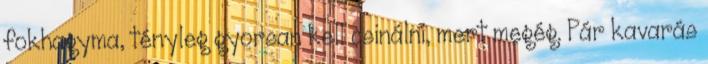
fokhagyma, tényleg gyorsan kell csinálni, mert megég. Pár kavarás